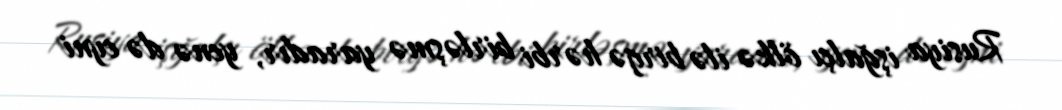
Rusiya işğalçı ölkə ilə birgə hərbi birləşmə yaradır, yenə də eyni